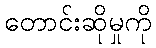
တောင်းဆိုမှုကို